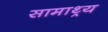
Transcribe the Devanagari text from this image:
सामाथ्र्य